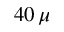
4 0 \, \mu